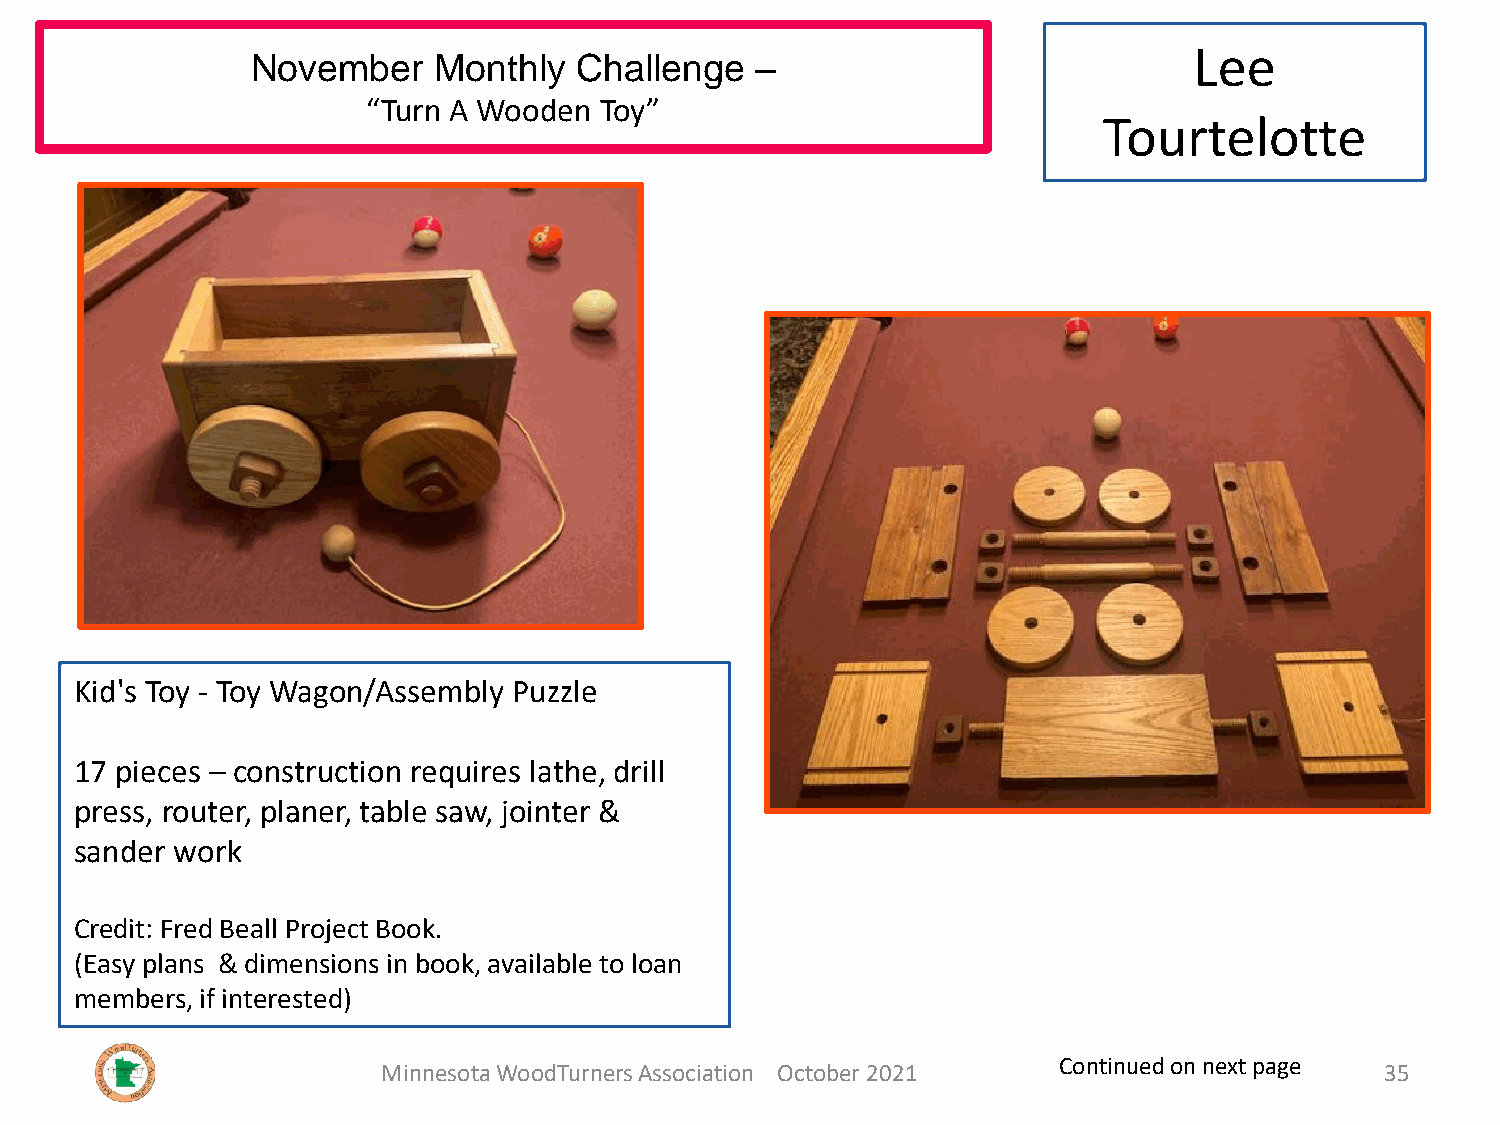
Lee
 November    Monthly  Challenge   –
 “Turn A Wooden  Toy”
 Tourtelotte
 Kid's Toy - Toy Wagon/Assembly Puzzle
 17 pieces – construction requires lathe, drill
 press, router, planer, table saw, jointer &
 sander work
 Credit: Fred Beall Project Book.
 (Easy plans & dimensions in book, available to loan
 members, if interested)
 Continued on next page
 Minnesota WoodTurners Association October 2021                     35